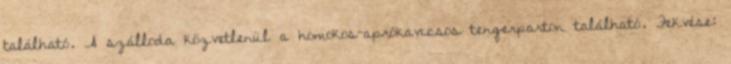
található. A szálloda közvetlenül a homokos-aprókavicsos tengerparton található. Fekvése: